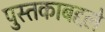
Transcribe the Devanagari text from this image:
पुस्तकाबद्दले